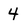
Character: 4